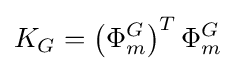
K_{G}=\left(\Phi _{m}^{G}\right)^{T}\Phi _{m}^{G}